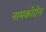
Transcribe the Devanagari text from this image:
नामकोरोन